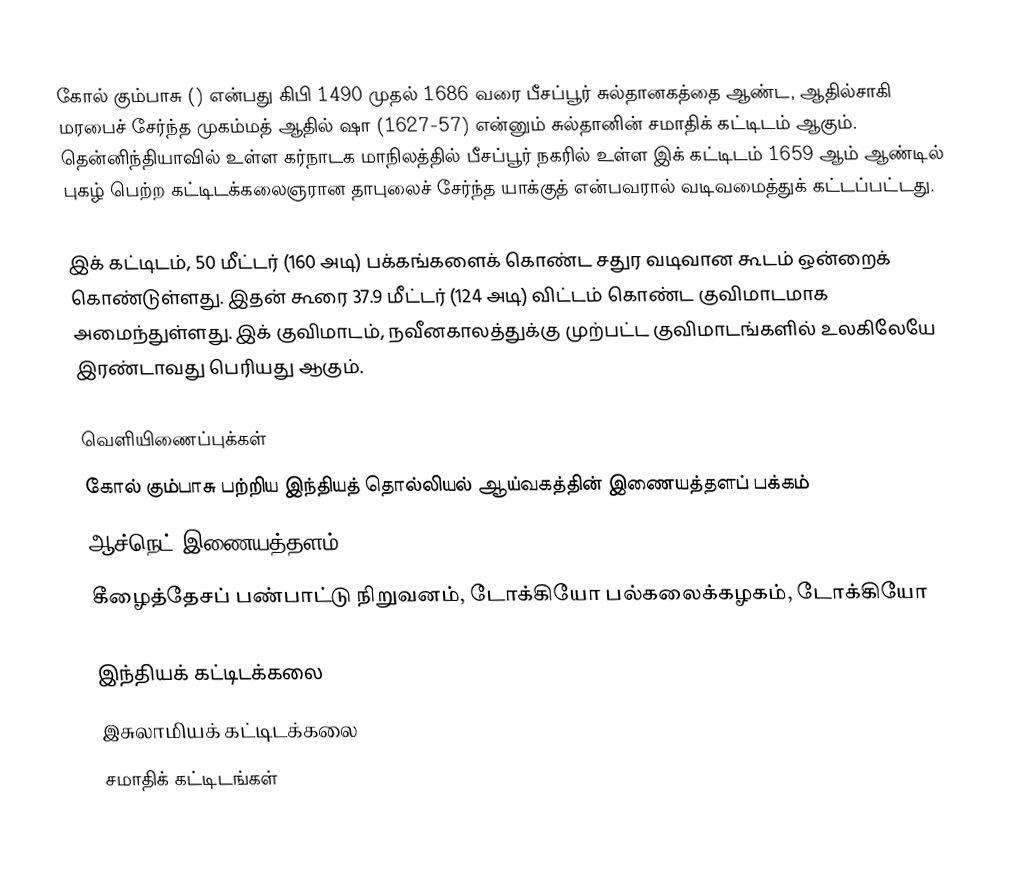
கோல் கும்பாசு () என்பது கிபி 1490 முதல் 1686 வரை பீசப்பூர் சுல்தானகத்தை ஆண்ட, ஆதில்சாகி மரபைச் சேர்ந்த முகம்மத் ஆதில் ஷா (1627-57) என்னும் சுல்தானின் சமாதிக் கட்டிடம் ஆகும். தென்னிந்தியாவில் உள்ள கர்நாடக மாநிலத்தில் பீசப்பூர் நகரில் உள்ள இக் கட்டிடம் 1659 ஆம் ஆண்டில் புகழ் பெற்ற கட்டிடக்கலைஞரான தாபுலைச் சேர்ந்த யாக்குத் என்பவரால் வடிவமைத்துக் கட்டப்பட்டது.

இக் கட்டிடம், 50 மீட்டர் (160 அடி) பக்கங்களைக் கொண்ட சதுர வடிவான கூடம் ஒன்றைக் கொண்டுள்ளது. இதன் கூரை 37.9 மீட்டர் (124 அடி) விட்டம் கொண்ட குவிமாடமாக அமைந்துள்ளது. இக் குவிமாடம், நவீனகாலத்துக்கு முற்பட்ட குவிமாடங்களில் உலகிலேயே இரண்டாவது பெரியது ஆகும்.

வெளியிணைப்புக்கள்
 கோல் கும்பாசு பற்றிய இந்தியத் தொல்லியல் ஆய்வகத்தின் இணையத்தளப் பக்கம்
 ஆச்நெட்  இணையத்தளம்
 கீழைத்தேசப் பண்பாட்டு நிறுவனம், டோக்கியோ பல்கலைக்கழகம், டோக்கியோ

இந்தியக் கட்டிடக்கலை
இசுலாமியக் கட்டிடக்கலை
சமாதிக் கட்டிடங்கள்